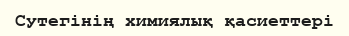
Сутегінің химиялық қасиеттері